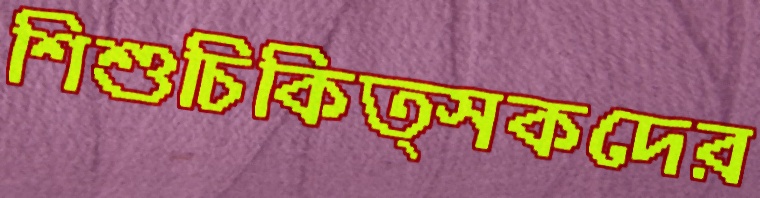
শিশুচিকিত্সকদের